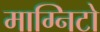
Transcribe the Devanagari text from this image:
माग्निटो